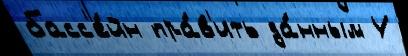
басс'е́йн пра́в'ить да́нным У